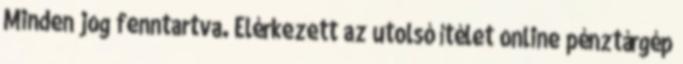
Minden jog fenntartva. Elérkezett az utolsó ítélet online pénztárgép